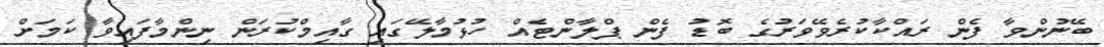
ބޭނުންވާ ފެން ރައްކާކުރެވޭވަރުގެ ބޮޑު ފެން ޕްލާންޓެއް ހުޅުމާލޭގައި ގާއިމްކުރަން ނިންމާފައިވާ ކަމަށް